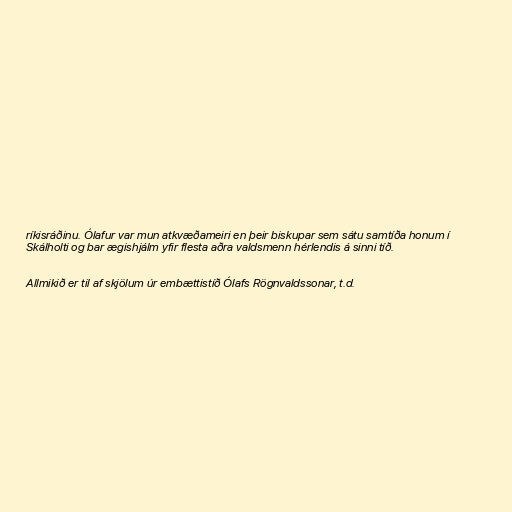
ríkisráðinu. Ólafur var mun atkvæðameiri en þeir biskupar sem sátu samtíða honum í
Skálholti og bar ægishjálm yfir flesta aðra valdsmenn hérlendis á sinni tíð.

Allmikið er til af skjölum úr embættistíð Ólafs Rögnvaldssonar, t.d.